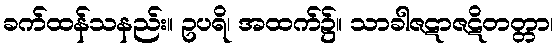
ခက်ထန်သနည်း။ ဥပရိ၊ အထက်၌။ သာခါဇဋာဇဋိတတ္တာ၊